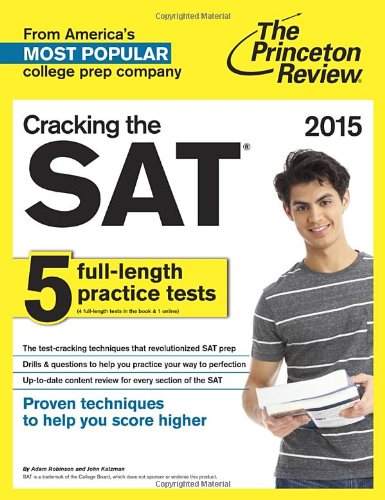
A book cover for Cracking the SAT with 5 Practice Tests, 2015 Edition (College Test Preparation); Princeton Review; Test Preparation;